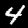
Label: 4